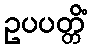
ဥပပတ္တိံ